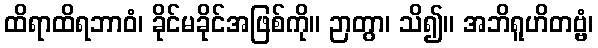
ထိရာထိရဘာဝံ၊ ခိုင်မခိုင်အဖြစ်ကို။ ဉာတွာ၊ သိ၍။ အဘိရူဟိတဗ္ဗံ၊